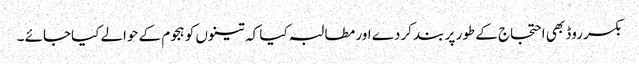
بکسر روڈ بھی احتجاج کے طور پر بند کردے اور مطالبہ کیا کہ تینوں کو ہجوم کے حوالے کیاجائے ۔